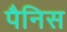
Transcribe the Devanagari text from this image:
पैनिस